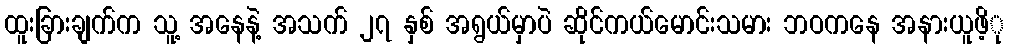
ထူးခြားချက်က သူ့ အနေနဲ့ အသက် ၂၇ နှစ် အရွယ်မှာပဲ ဆိုင်ကယ်မောင်းသမား ဘဝကနေ အနားယူဖိ့ု